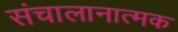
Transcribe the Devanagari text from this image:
संचालानात्मक